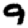
Digit: 9